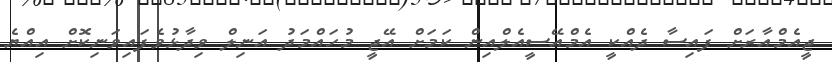
ޖީއެމްއާރަށް ފައިސާ ދެއްކީ އެމްއޭސީއެލްއިން ކަމަށް އޭޖީ މުހައްމަދު އަނިލް ވިދާޅުވެފައިވަނިކޮށް އިއްޔެ